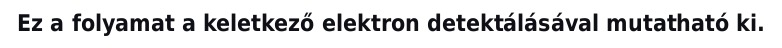
Ez a folyamat a keletkező elektron detektálásával mutatható ki.